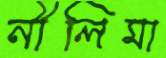
নীলিমা